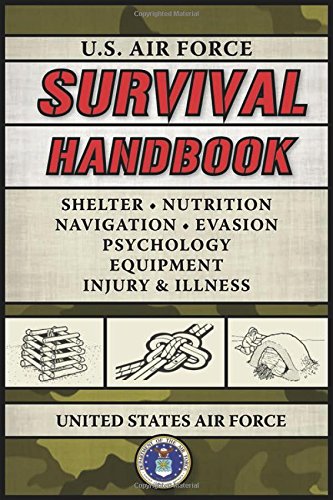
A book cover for U.S. Air Force Survival Handbook; United States Air Force; Sports & Outdoors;